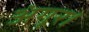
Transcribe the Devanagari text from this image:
अंगूर।